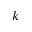
k